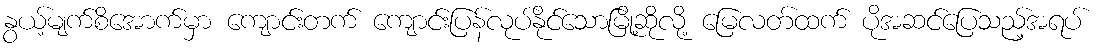
နွယ့်မျက်စိအောက်မှာ ကျောင်းတက် ကျောင်းပြန်လုပ်နိုင်သောမြို့ဆိုလို့ မြေလတ်ထက် ပိုအဆင်ပြေသည့်အရပ်